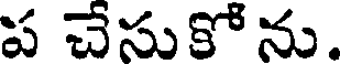
ప చేసుకో ను.